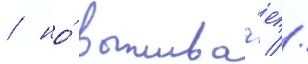
/ но́ выжива́ет //